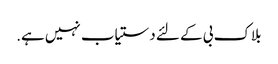
بلاک بی کے لئے دستیاب نہیں ہے.